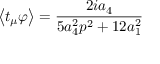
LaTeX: \left\langle t _ { \mu } \varphi \right\rangle = \frac { 2 i a _ { 4 } } { 5 a _ { 4 } ^ { 2 } p ^ { 2 } + 1 2 a _ { 1 } ^ { 2 } }